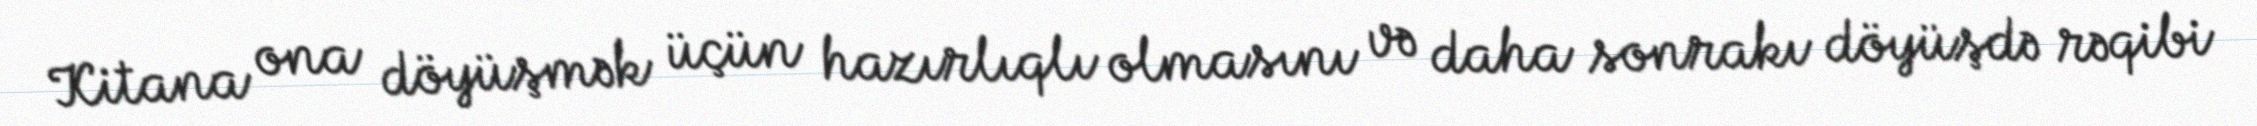
Kitana ona döyüşmək üçün hazırlıqlı olmasını və daha sonrakı döyüşdə rəqibi